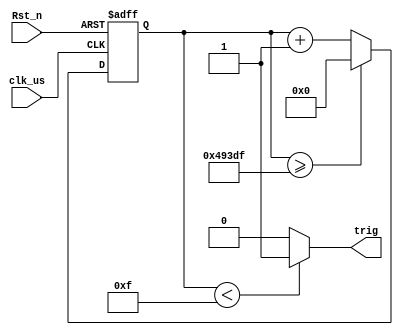
/*================================================*\
		  Filenamehc_sr_trig.v
			 AuthorXuKunyao
	  Description300us10us290us
  Target Devices: XC6SLX16-2FTG256-2C
   Tool versions: ISE 14.6(nt64/P.68d) 
  			  Email905407267@qq.com
			Company
\*================================================*/

module 	hc_sr_trig(
	input  wire			clk_us	, //system clock 1MHz
	input  wire 		Rst_n		, //reset low valid
		   
	output wire  		trig	  	  //
);
//Parameter Declarations
	parameter CYCLE_MAX = 19'd300_000;

//Interrnal wire/reg declarations
	reg		[18:00]	cnt		; //Counter 
	wire			add_cnt ; //Counter Enable
	wire			end_cnt ; //Counter Reset 

//Logic Description	
	
	always @(posedge clk_us or negedge Rst_n)begin  
		if(!Rst_n)begin  
			cnt <= 'd0; 
		end  
		else if(add_cnt)begin  
			if(end_cnt)begin  
				cnt <= 'd0; 
			end  
			else begin  
				cnt <= cnt + 1'b1; 
			end  
		end  
		else begin  
			cnt <= cnt;  
		end  
	end 
	
	assign add_cnt = 1'b1; 
	assign end_cnt = add_cnt && cnt >= CYCLE_MAX - 9'd1; 
	
	assign trig = cnt < 15 ? 1'b1 : 1'b0;

endmodule